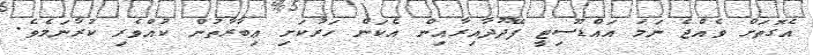
އެގޮތަށް ވެއްޖެ ނަމަ އައްޑޫސިޓީ ފޭދޫދާއިރާއިން އެކަން ހަރުކަށި ޢިބާރާތުން ކުއްވެރި ކުރާނަމެވެ.